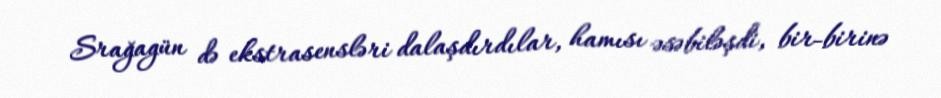
Srağagün də ekstrasensləri dalaşdırdılar, hamısı əsəbiləşdi, bir-birinə